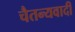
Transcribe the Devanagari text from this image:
चैतन्यवादी